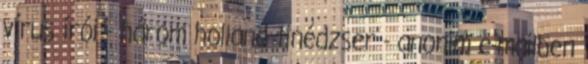
vírus írói - három holland tinédzser - anonim e-mailben